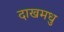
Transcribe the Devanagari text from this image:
दाखमधु